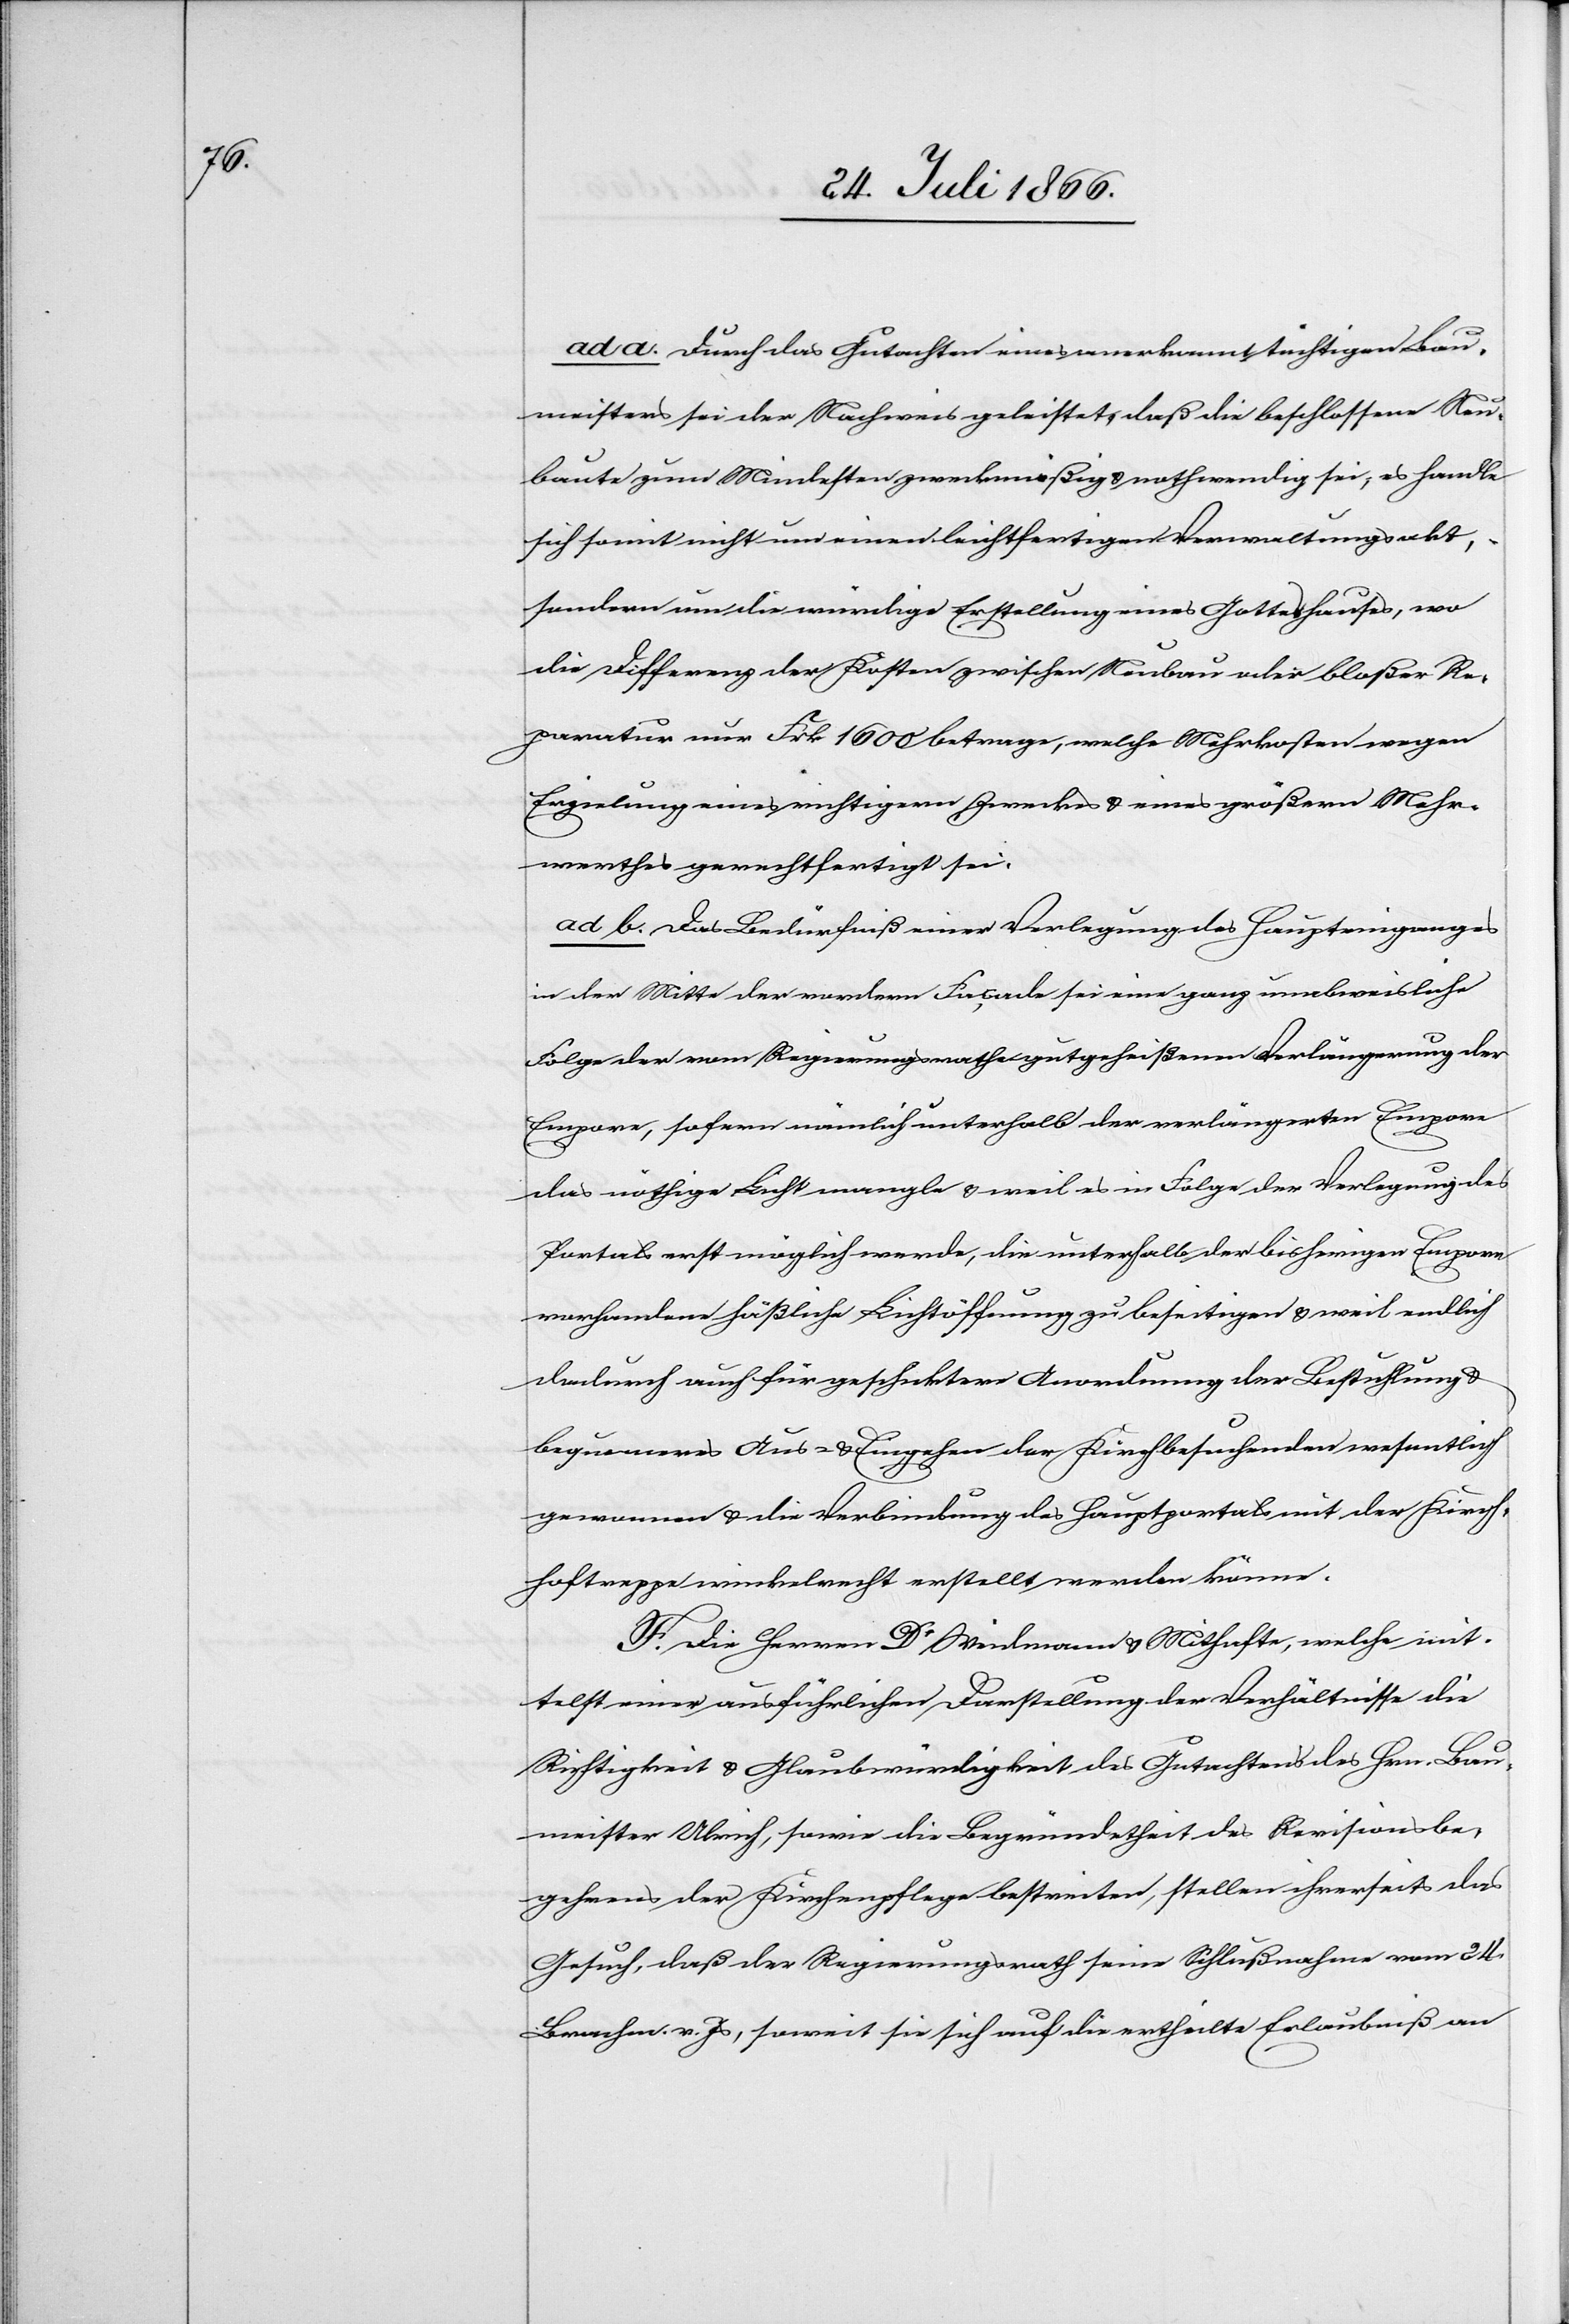
ad a. Durch das Gutachten eines anerkannt tüchtigen Bau¬
meisters sei der Nachweis geleistet, daß die beschlossene Neu¬
baute zum Mindesten zweckmäßig u. nothwendig sei, es handle
sich somit nicht um einen leichtfertigen Verwaltungsakt,
sondern um die würdige Erstellung eines Gotteshauses, wo
die Differenz der Kosten zwischen Neubau oder bloßer Re¬
paratur nur Frk. 1600 betrage, welche Mehrkosten wegen
Erzielung eines wichtigern Zweckes u. eines größern Mehr¬
werthes gerechtfertigt sei.
ad b. Das Bedürfniß einer Verlegung des Haupteinganges
in der Mitte der vordern Façade sei eine ganz unabweisliche
Folge der vom Regierungsrathe gutgeheißenen Verlängerung der
Empore, sofern nämlich unterhalb der verlängerten Empore
das nöthige Licht mangle u. weil es in Folge der Verlegung des
Portals erst möglich werde, die unterhalb der bisherigen Empore
vorhandene häßliche Lichtöffnung zu beseitigen u. weil endlich
dadurch auch für geschiktere Anordnung der Bestuhlung
bequemeres Aus- u. Eingehen der Kirchbesuchenden wesentlich
gewonnen u. die Verbindung des Hauptportals mit der Kirch¬
hoftreppe winckelrecht erstellt werden könne.
F. Die Herren Dr. Weidmann u. Mithafte, welche mit¬
telst einer ausführlichen Darstellung der Verhältnisse die
Richtigkeit u. Glaubwürdigkeit des Gutachtens des Hrn. Bau¬
meister Ulrich, sowie die Begründetheit des Revisionsbe¬
gehrens der Kirchenpflege bestreiten, stellen ihrerseits das
Gesuch, daß der Regierungsrath seine Schlußnahme vom 24.
Brachm. v. Js., soweit sie sich auf die ertheilte Erlaubniß an